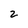
Character: 2